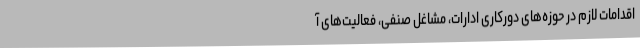
اقدامات لازم در حوزه‌های دورکاری ادارات، مشاغل صنفی، فعالیت‌های آ